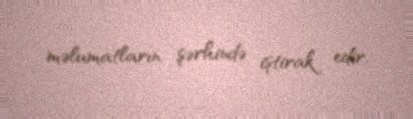
məlumatların şərhində iştirak edir.